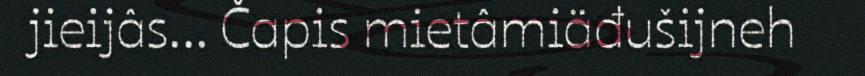
jieijâs... Čapis mietâmiäđušijneh